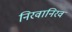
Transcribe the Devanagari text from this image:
निरवानिरव